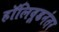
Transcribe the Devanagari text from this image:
हॉलिवूडनंतर